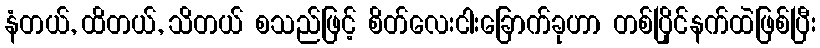
နံတယ်, ထိတယ်, သိတယ် စသည်ဖြင့် စိတ်လေးငါးခြောက်ခုဟာ တစ်ပြိုင်နက်ထဲဖြစ်ပြီး